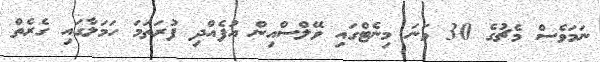
ނަމަވެސް މެޗުގެ 30 ވަނަ މިނެޓްގައި ވޭލްސްއިން އުފެއްދި ފުރަތަމަ ހަމަލާގައި ގެރެތް